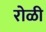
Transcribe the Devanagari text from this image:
रोळी